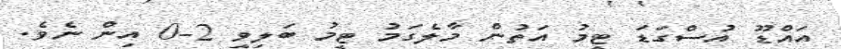
އައްޑޫ އުސްގަޑަ ޓީމު އަތުން މާލެގަމު ޓީމު ބަލިވީ 2-0 އިން ނެވެ.